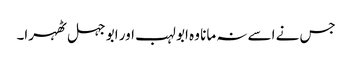
جس نے اسے نہ مانا وہ ابو لہب اور ابو جہل ٹھہرا۔